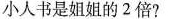
小人书是姐姐的2倍?